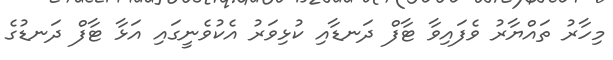
މިހާރު ތައްޔާރު ވެފައިވާ ޓާފް ދަނޑާއި ކުޅިވަރު އެކުވެނީގައި އަޅާ ޓާފް ދަނޑުގެ